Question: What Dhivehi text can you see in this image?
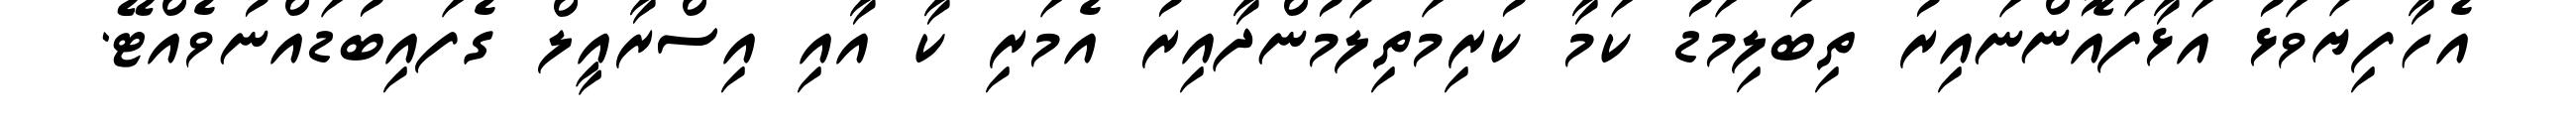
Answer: އެހާފިޔަވަޅު އަޅާފައޮންނައިރު ތިބަލިމަޑު ކަމާ ކުރިމަތިލަމުންދާއިރު އެމަރި ކާ އާއި އިސްރާއީލް ގެފައިބުޑައްނުވެއްޓޭ.